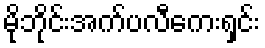
မိုဘိုင်းအက်ပလီကေးရှင်း